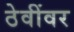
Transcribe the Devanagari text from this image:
ठेवींवर